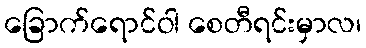
ခြောက်ရောင်ဝါ စေတီရင်းမှာလ၊